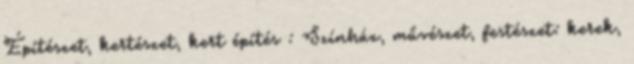
Építészet, kertészet, kert építés : Színház, művészet, festészet: kerek,